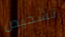
تشخيص